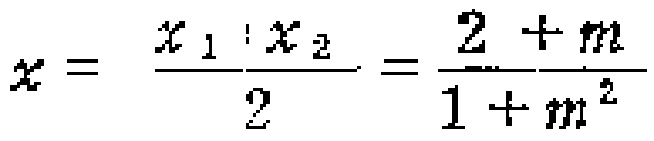
$x = \frac{x_{1} + x_{2}}{2} = \frac{2 + m}{1 + m^{2}}$